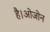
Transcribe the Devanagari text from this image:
है।ओजोन